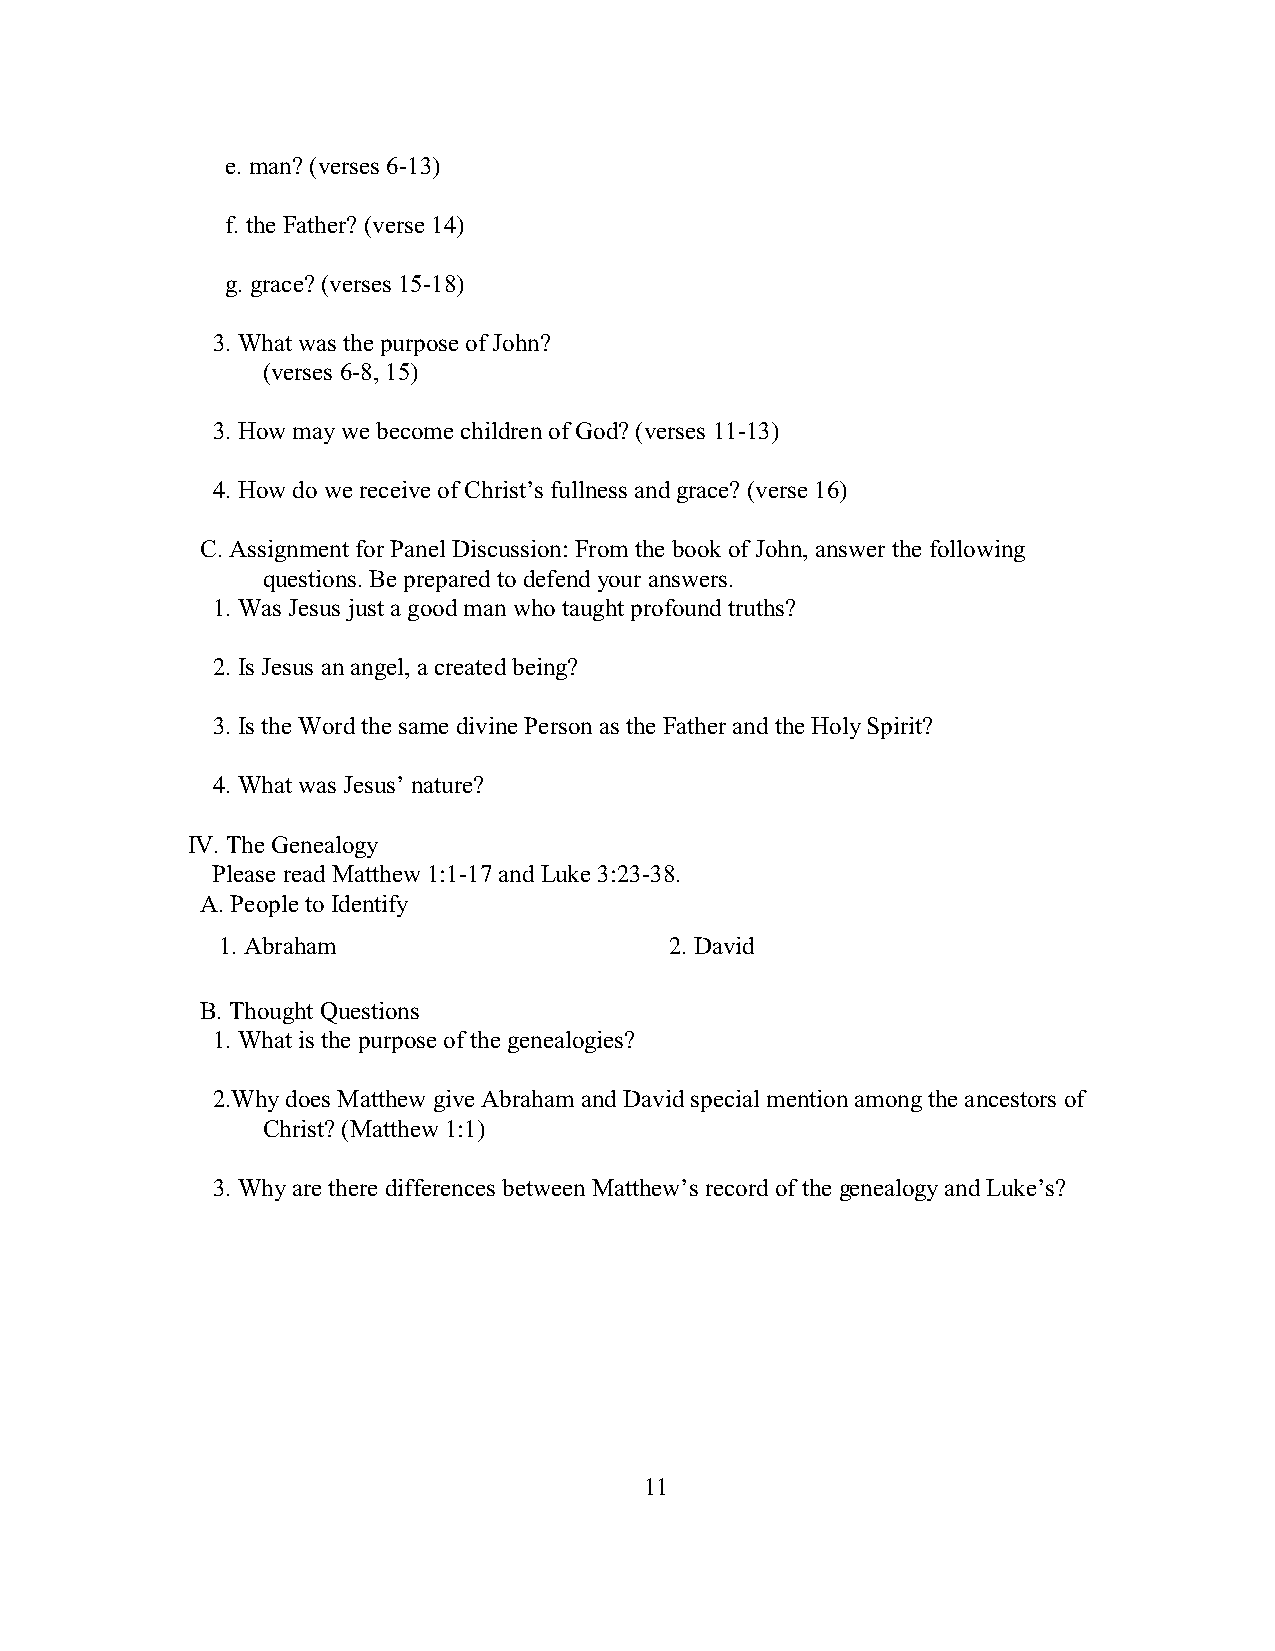
e. man? (verses 6-13)
 f. the Father? (verse 14)
 g. grace? (verses 15-18)
 3. What was the purpose of John?
 (verses 6-8, 15)
 3. How may we become children of God? (verses 11-13)
 4. How do we receive of Christ’s fullness and grace? (verse 16)
 C. Assignment for Panel Discussion: From the book of John, answer the following
 questions. Be prepared to defend your answers.
 1. Was Jesus just a good man who taught profound truths?
 2. Is Jesus an angel, a created being?
 3. Is the Word the same divine Person as the Father and the Holy Spirit?
 4. What was Jesus’ nature?
 IV. The Genealogy
 Please read Matthew 1:1-17 and Luke 3:23-38.
 A. People to Identify
 1. Abraham                    2. David
 B. Thought Questions
 1. What is the purpose of the genealogies?
 2.Why does Matthew give Abraham and David special mention among the ancestors of
 Christ? (Matthew 1:1)
 3. Why are there differences between Matthew’s record of the genealogy and Luke’s?
 11